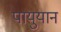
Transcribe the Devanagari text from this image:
पायुयान